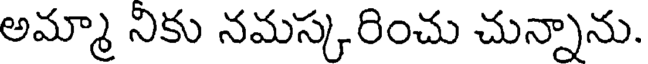
అమ్మా నికు నమస్కరించు చున్నాను.